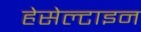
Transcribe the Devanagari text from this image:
हेसेल्टाइन